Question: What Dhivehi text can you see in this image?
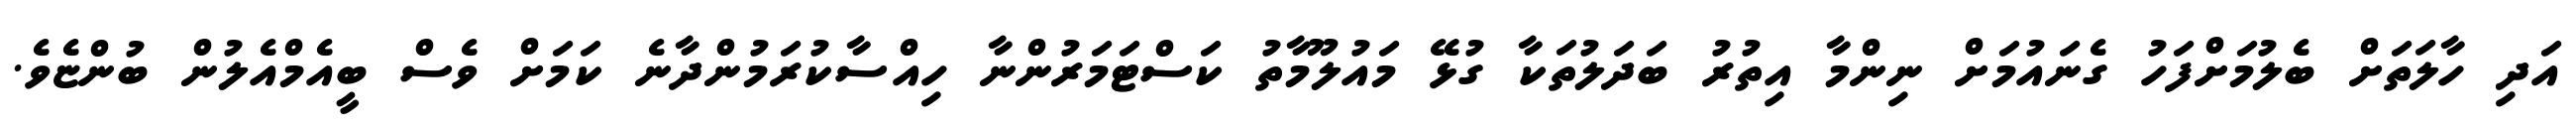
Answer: އަދި ހާލަތަށް ބެލުމަށްފަހު ގެނައުމަށް ނިންމާ އިތުރު ބަދަލުތަކާ ގުޅޭ މައުލޫމާތު ކަސްޓަމަރުންނާ ހިއްސާކުރަމުންދާނެ ކަމަށް ވެސް ބީއެމްއެލުން ބުންޏެވެ.